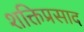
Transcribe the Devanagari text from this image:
शक्तिप्रसाद